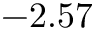
- 2 . 5 7